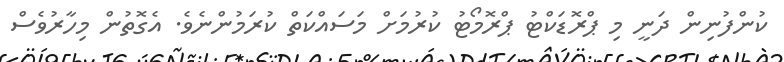
ކުންފުނިން ދަނީ މި ޕްރޮޑަކްޓު ޕްރޮމޯޓު ކުރުމަށް މަސައްކަތް ކުރަމުންނެވެ. އެގޮތުން މިހާރުވެސް